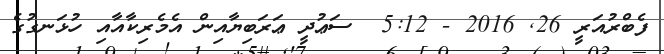
ފެބްރުއަރީ 26